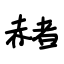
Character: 赭